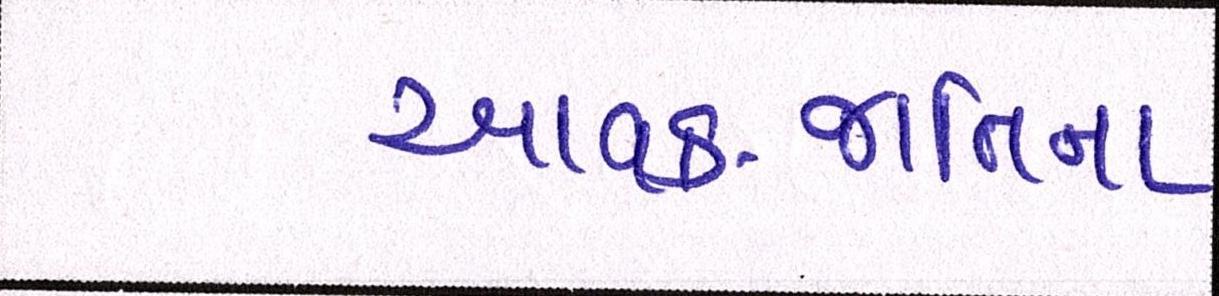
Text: આવક-જાતિના